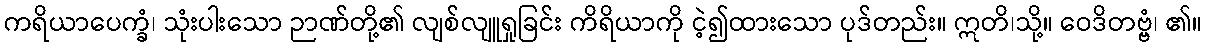
ကရိယာပေက္ခံ၊ သုံးပါးသော ဉာဏ်တို့၏ လျစ်လျူရှုခြင်း ကိရိယာကို ငဲ့၍ထားသော ပုဒ်တည်း။ ဣတိ၊သို့။ ဝေဒိတဗ္ဗံ၊ ၏။